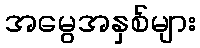
အမွေအနှစ်များ